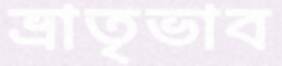
ভ্রাতৃভাব